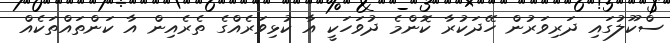
ސްކޫލުގައި ދަރިވަރުން ހޭދަކުރާ ކޮންމެ ދުވަހަކީ އާ ކުޅިވަރެއްގެ ތެރެއިން އާ ކަންތައްތަކެއް